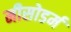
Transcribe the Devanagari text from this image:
मीसोडर्म